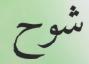
شوح